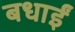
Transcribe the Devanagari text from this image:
बधाईं